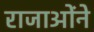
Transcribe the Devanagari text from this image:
राजाओंने